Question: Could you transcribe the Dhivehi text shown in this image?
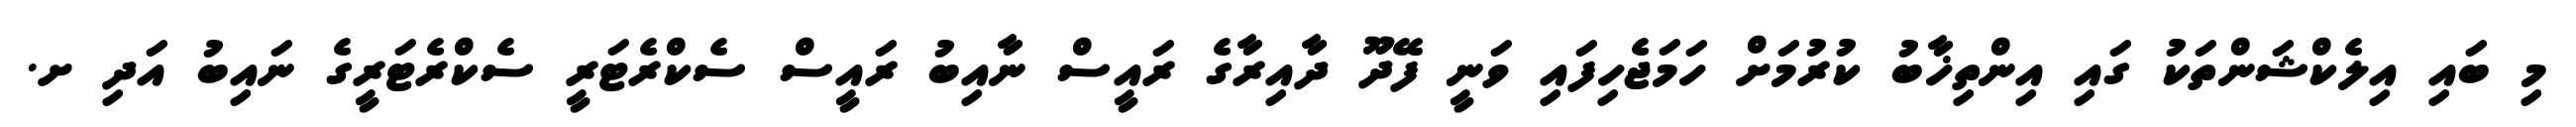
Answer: މި ބައި އިލެކްޝަންތަކު ގައި އިންތިޚާބު ކުރުމަށް ހަމަޖެހިފައި ވަނީ ފޭދޫ ދާއިރާގެ ރައީސް ނާއިބު ރައީސް ސެކްރެޓަރީ ސެކްރެޓަރީގެ ނައިބު އަދި ށ.